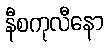
နီစကုလီနော